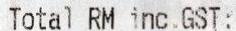
TOTAL RM INC.GST: